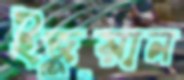
ইজুয়ান